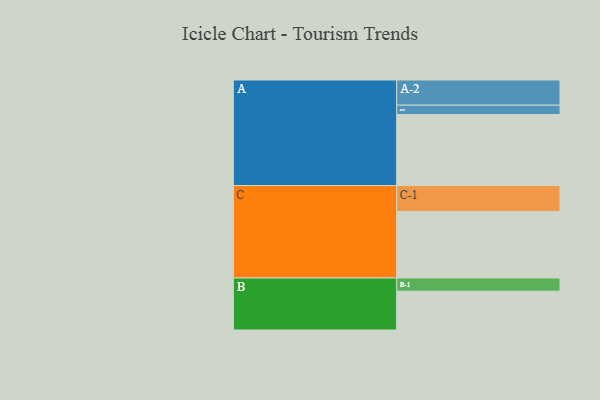
{"axis": {"x": "Segment", "y": "Value"}, "legend": ["", "A", "B", "C"], "data": [{"x": "A", "y": 576, "type": ""}, {"x": "B", "y": 315, "type": ""}, {"x": "C", "y": 540, "type": ""}, {"x": "A-1", "y": 76, "type": "A"}, {"x": "A-2", "y": 204, "type": "A"}, {"x": "B-1", "y": 107, "type": "B"}, {"x": "C-1", "y": 210, "type": "C"}]}